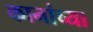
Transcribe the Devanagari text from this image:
कानांच्या